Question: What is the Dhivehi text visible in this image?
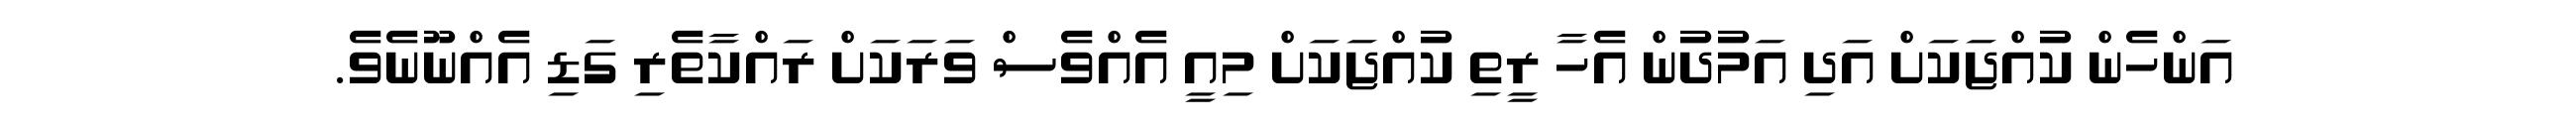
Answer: އަންހެން ކުއްޖަކަށް އަދި އަމުދުން އެހާ ރީތި ކުއްޖަކަށް މިއީ އެއްވެސް ވަރަކަށް ރައްކާތެރި ގަޑި އެއްނޫނެވެ.